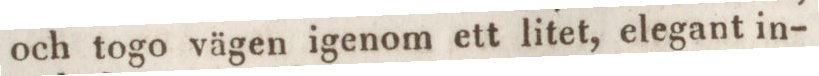
och togo vägen igenom ett litet, elegant in-